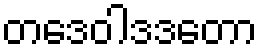
တဒေဝါဒဒတော